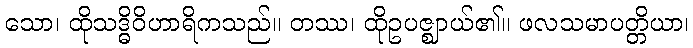
သော၊ ထိုသဒ္ဓိဝိဟာရိကသည်။ တဿ၊ ထိုဥပဇ္ဈာယ်၏။ ဖလသမာပတ္တိယာ၊